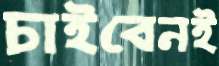
চাইবেনই